Riigikantselei, lk 9
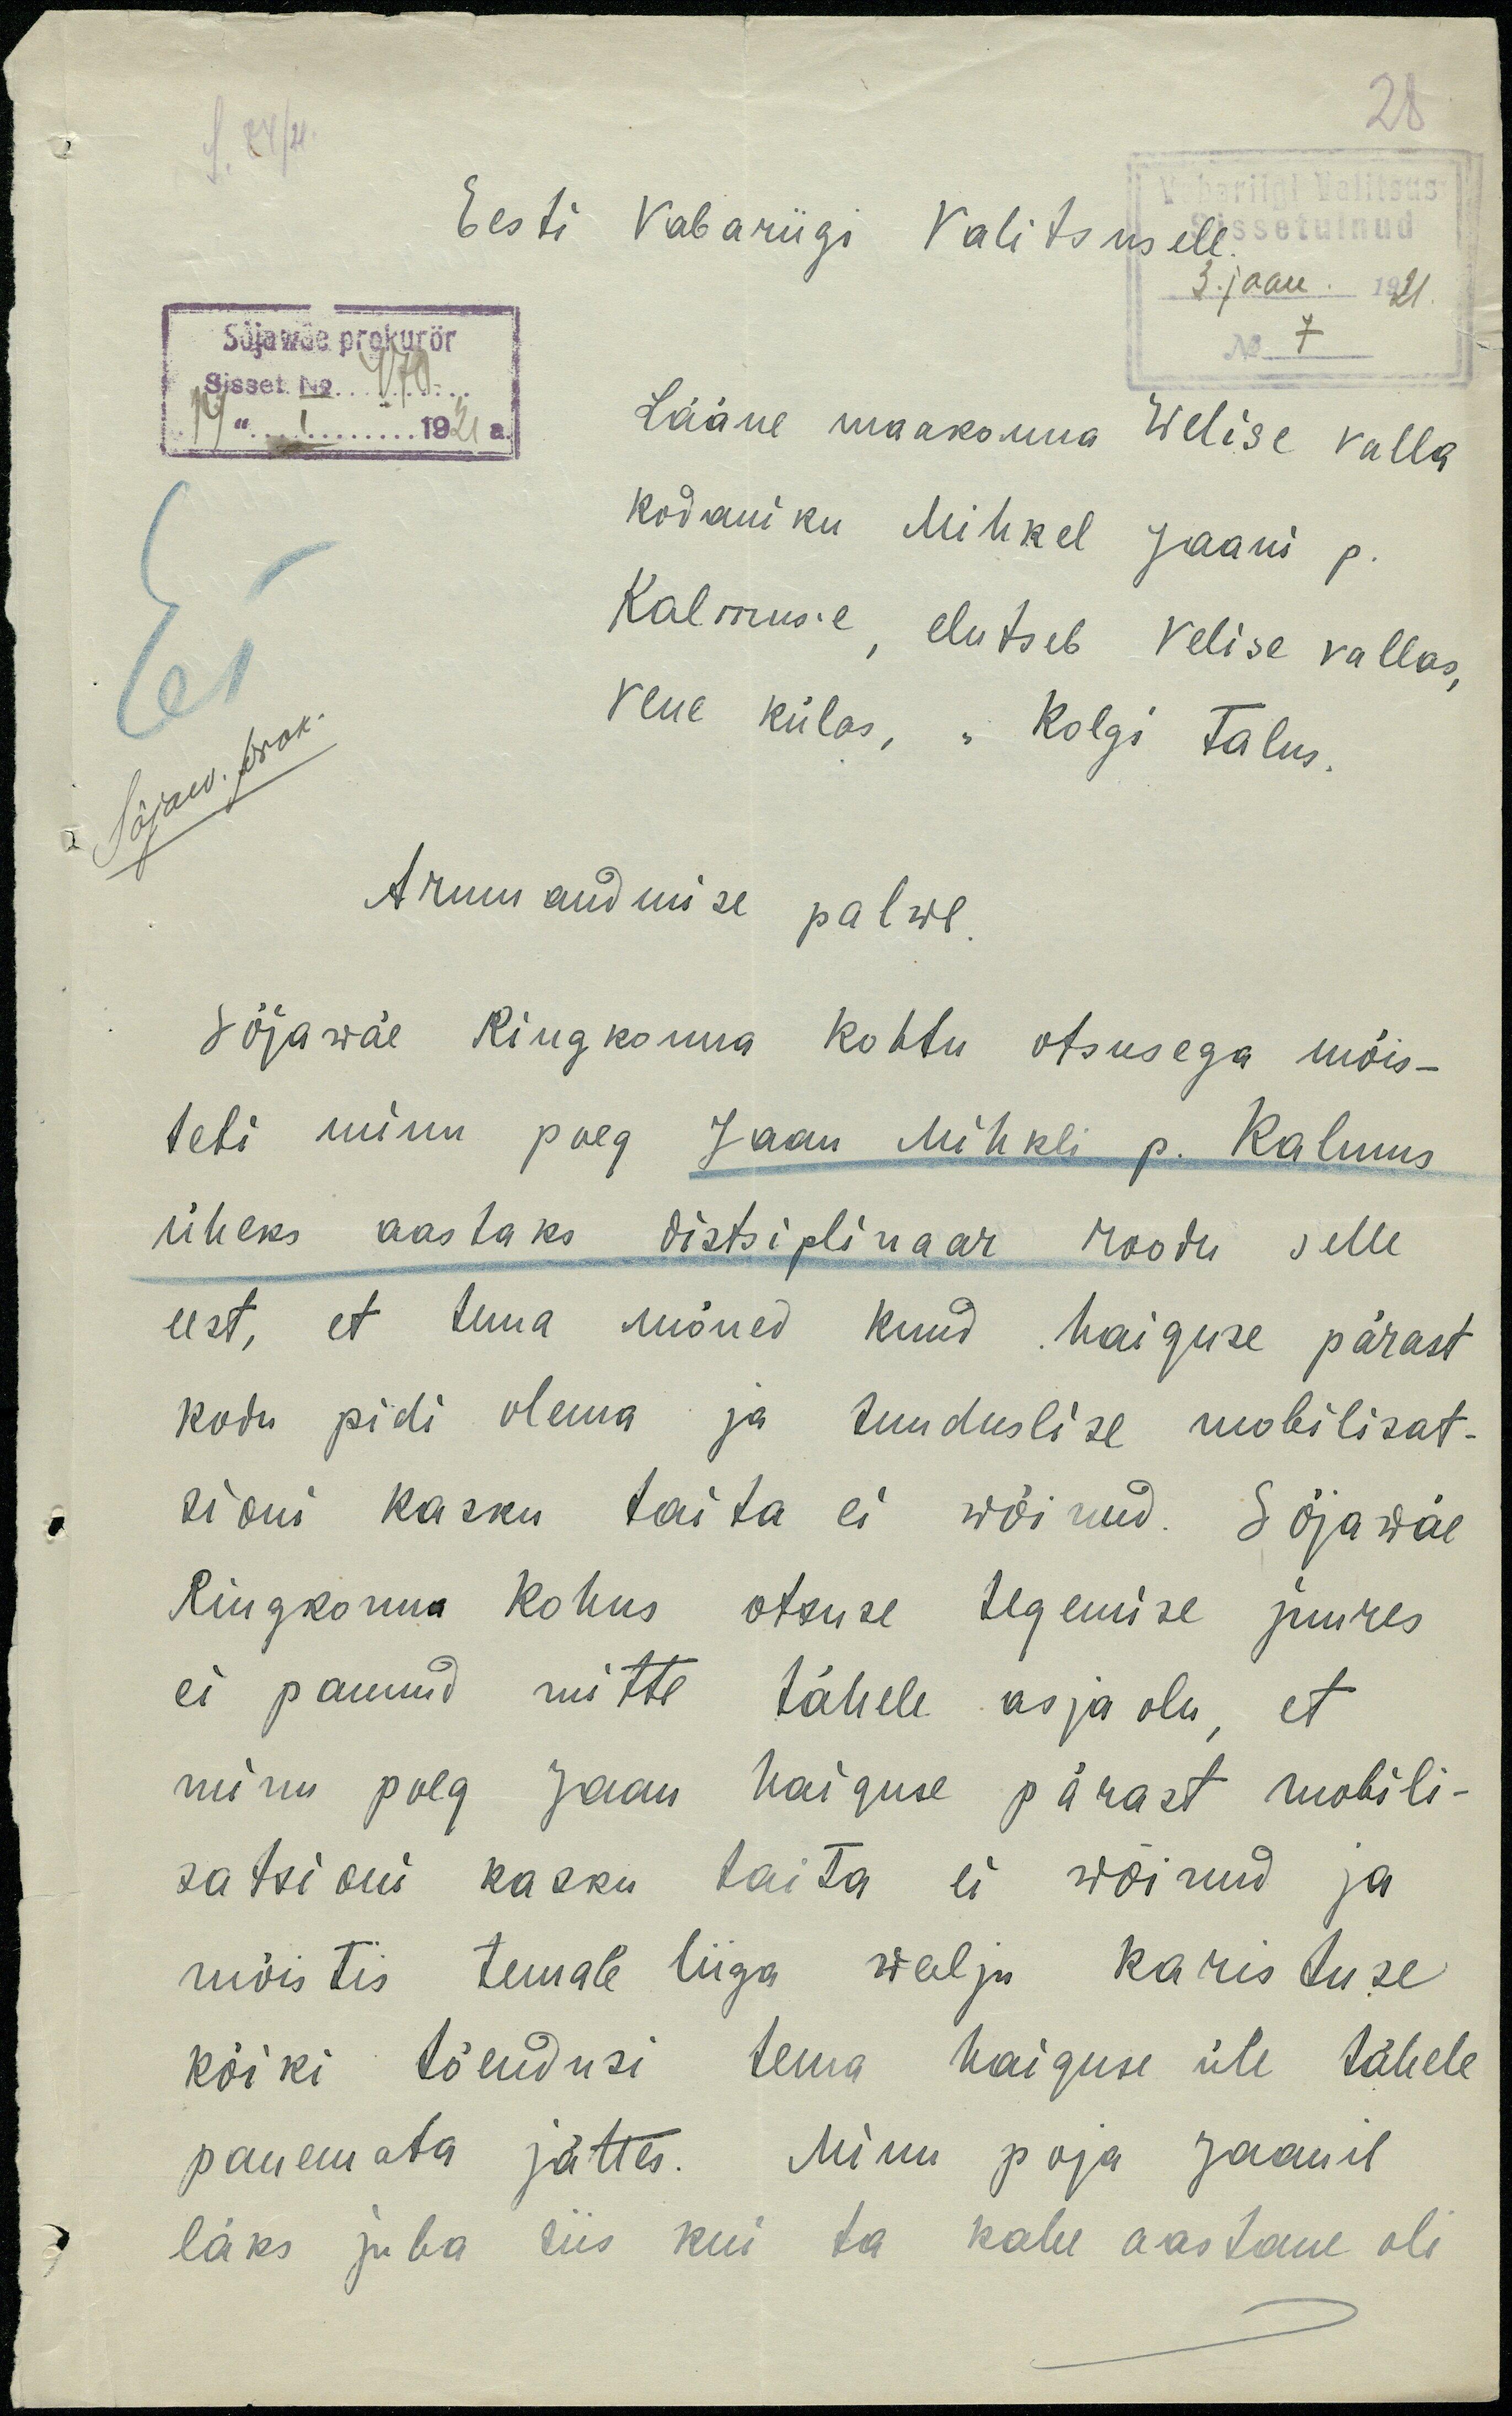
Eesti Vabariigi Valitsusele
3. jaan. 1921.
Sõjawäe prokurör
No 7
Sisset No. 470.
14" I ... 1921 a.
Lääne maakonna Welise valla
kodaniku Mihkel Jaani p.
Kalmuse, elutseb Velise vallas,
Sõjaw. prok.
Vene külas, "Kolgi talus.
Armu andmise palwe
Sõjawäe Ringkonna kohtu otsusega mõis-
teti minu poeg Jaan Mihkli p. Kalmus
üheks aastaks distsiplinaar roodu selle
eest, et tema mõned kuud haiguse pärast
kodu pidi olema ja sunduslise mobilisat-
sioni kasku täita ei wõinud. Sõjawäe
Riigkonna kohus otsuse tegemise juures
ei pannud mitte tähele asjaolu, et
minu poeg Jaan haiguse pärast mobili-
satsioni kasku taita ei wõinud ja
mõistis temale liiga walju karistuse
kõiki tõendusi tema haiguse üle tähele
panemata jättes. Minu poja Jaanil
läks juba siis kui ta kahe aastane oli